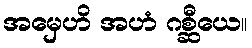
အမှေဟိ အဟံ ဂစ္ဆီယေ။